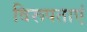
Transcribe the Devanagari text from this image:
विरूपताएं